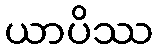
ယာပိဿ